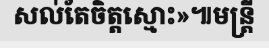
សល់តែចិត្តស្មោះ»៕មន្ត្រី